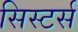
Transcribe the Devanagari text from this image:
सिस्टर्स